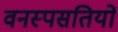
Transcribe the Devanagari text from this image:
वनस्पसतियों